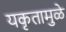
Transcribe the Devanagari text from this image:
यकृतामुळे